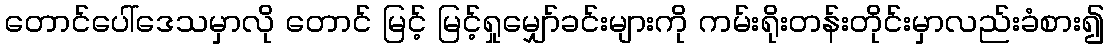
တောင်ပေါ်ဒေသမှာလို တောင် မြင့် မြင့်ရှုမျှော်ခင်းများကို ကမ်းရိုးတန်းတိုင်းမှာလည်းခံစား၍